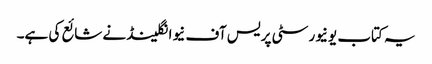
یہ کتاب یونیورسٹی پریس آف نیوانگلینڈ نے شائع کی ہے۔